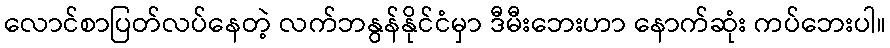
လောင်စာပြတ်လပ်နေတဲ့ လက်ဘနွန်နိုင်ငံမှာ ဒီမီးဘေးဟာ နောက်ဆုံး ကပ်ဘေးပါ။